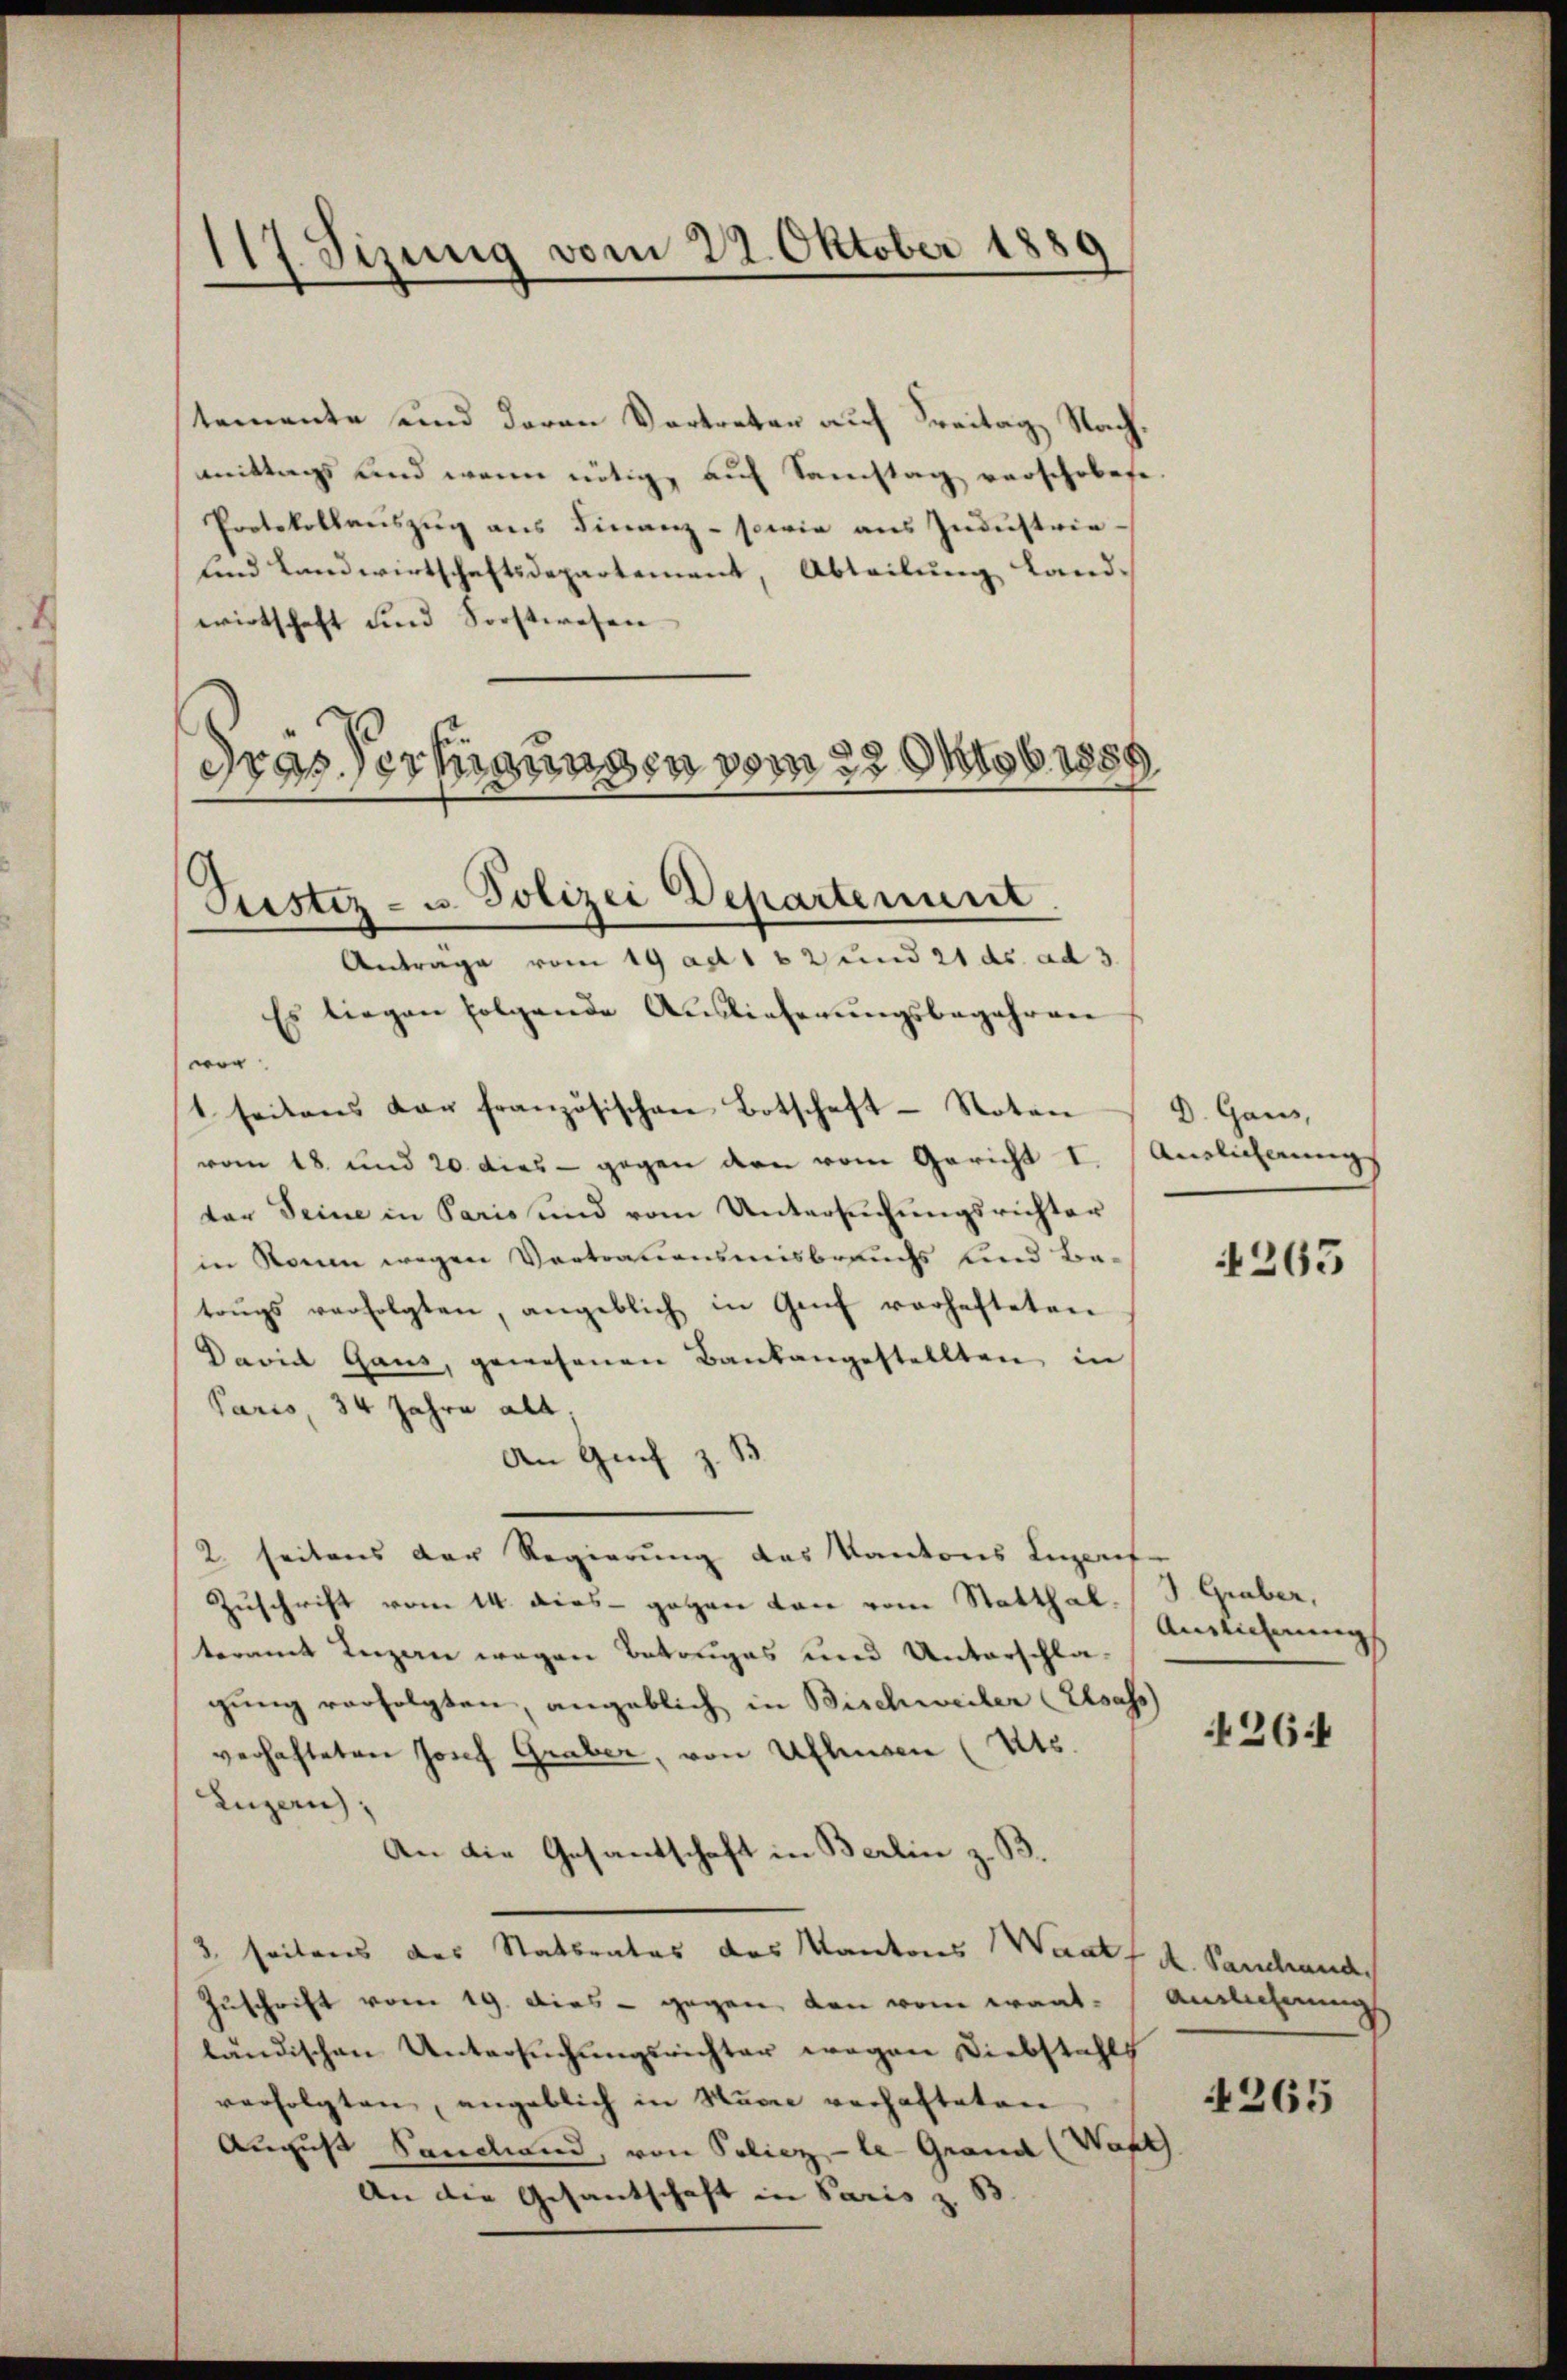
117. Jizung vom 22. Oktober 1880

stemente und daran Vortreten auf Freitag Nachmittags und wenn nötig, auf Samstag verschobete
Protokollaŭszŭg ans Finanz- sowie aus Industrie-
und Landwirtschaftsdepartement, Abteilung Land-
wirtschaft und Forstwesen
dras Verhausen vom 22. Oktob. 1859

Seestiz- u. Polizei Departement.

Antrage vom 19 ad 1 62 und 21 dr. ad 3.
Es liegen folgende Auslieferungsbegehren
wor
st seitens der französischen Botschaft-Noten
vom 18. und 20 dies - gegen den vom Gericht I. Auslicherungs
der Seine in Paris und vom Untersŭchŭngsrichter
in Raum wegen Vertrauensmisbrauchs lind Betoŭgs verfolgten, angeblich in Genf verhafteten
David Gaus, gewesenen Baukangestellten in
Paris, 34 Jahre alt,
An Genf z. B.
2 seitens der Regierung des Kantons Luzerf
Zuschrift vom 14. dies gegen von vom Statthal. (T. Graber,
teramt Luzan wegen Betruges und Unterschlagung verfolgten, angeblich in Bischweiler (Elsass
verhafteten Josef Graber, von Ufhusen (Uts.
Luzern,
An die Gesantschaft in Berlin z. B.
3. seitens des Stattentes das Kantons Waatf A. Sandend
Zuschrift vom 19. Dies - gegen den vom Krantländischen Untersuchungsrichter wegen Diebstahls
verfolgten, angeblich in Numme verhafteten
August Sandand, von Poliez -le-Grand (Wart
An die Gesantschaft in Paris z. B.

D. Gaus,

Auslicherung

4265

264

Anzlicherung

4265